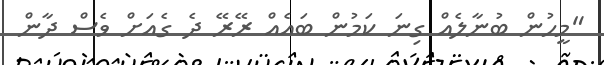
"މީހުން ބުނާލެއް ގިނަ ކަމުން ބައެއް ރޭރޭ ދެ ގެއަށް ވެސް ދާން